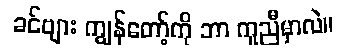
ခင်ဗျား ကျွန်တော့်ကို ဘာ ကူညီမှာလဲ။